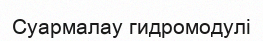
Суармалау гидромодулі